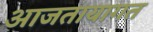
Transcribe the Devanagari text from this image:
आजतायागत